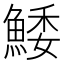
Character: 鯘